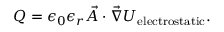
Q = \epsilon _ { 0 } \epsilon _ { r } \vec { A } \cdot \vec { \nabla } U _ { \mathrm { e l e c t r o s t a t i c } } .